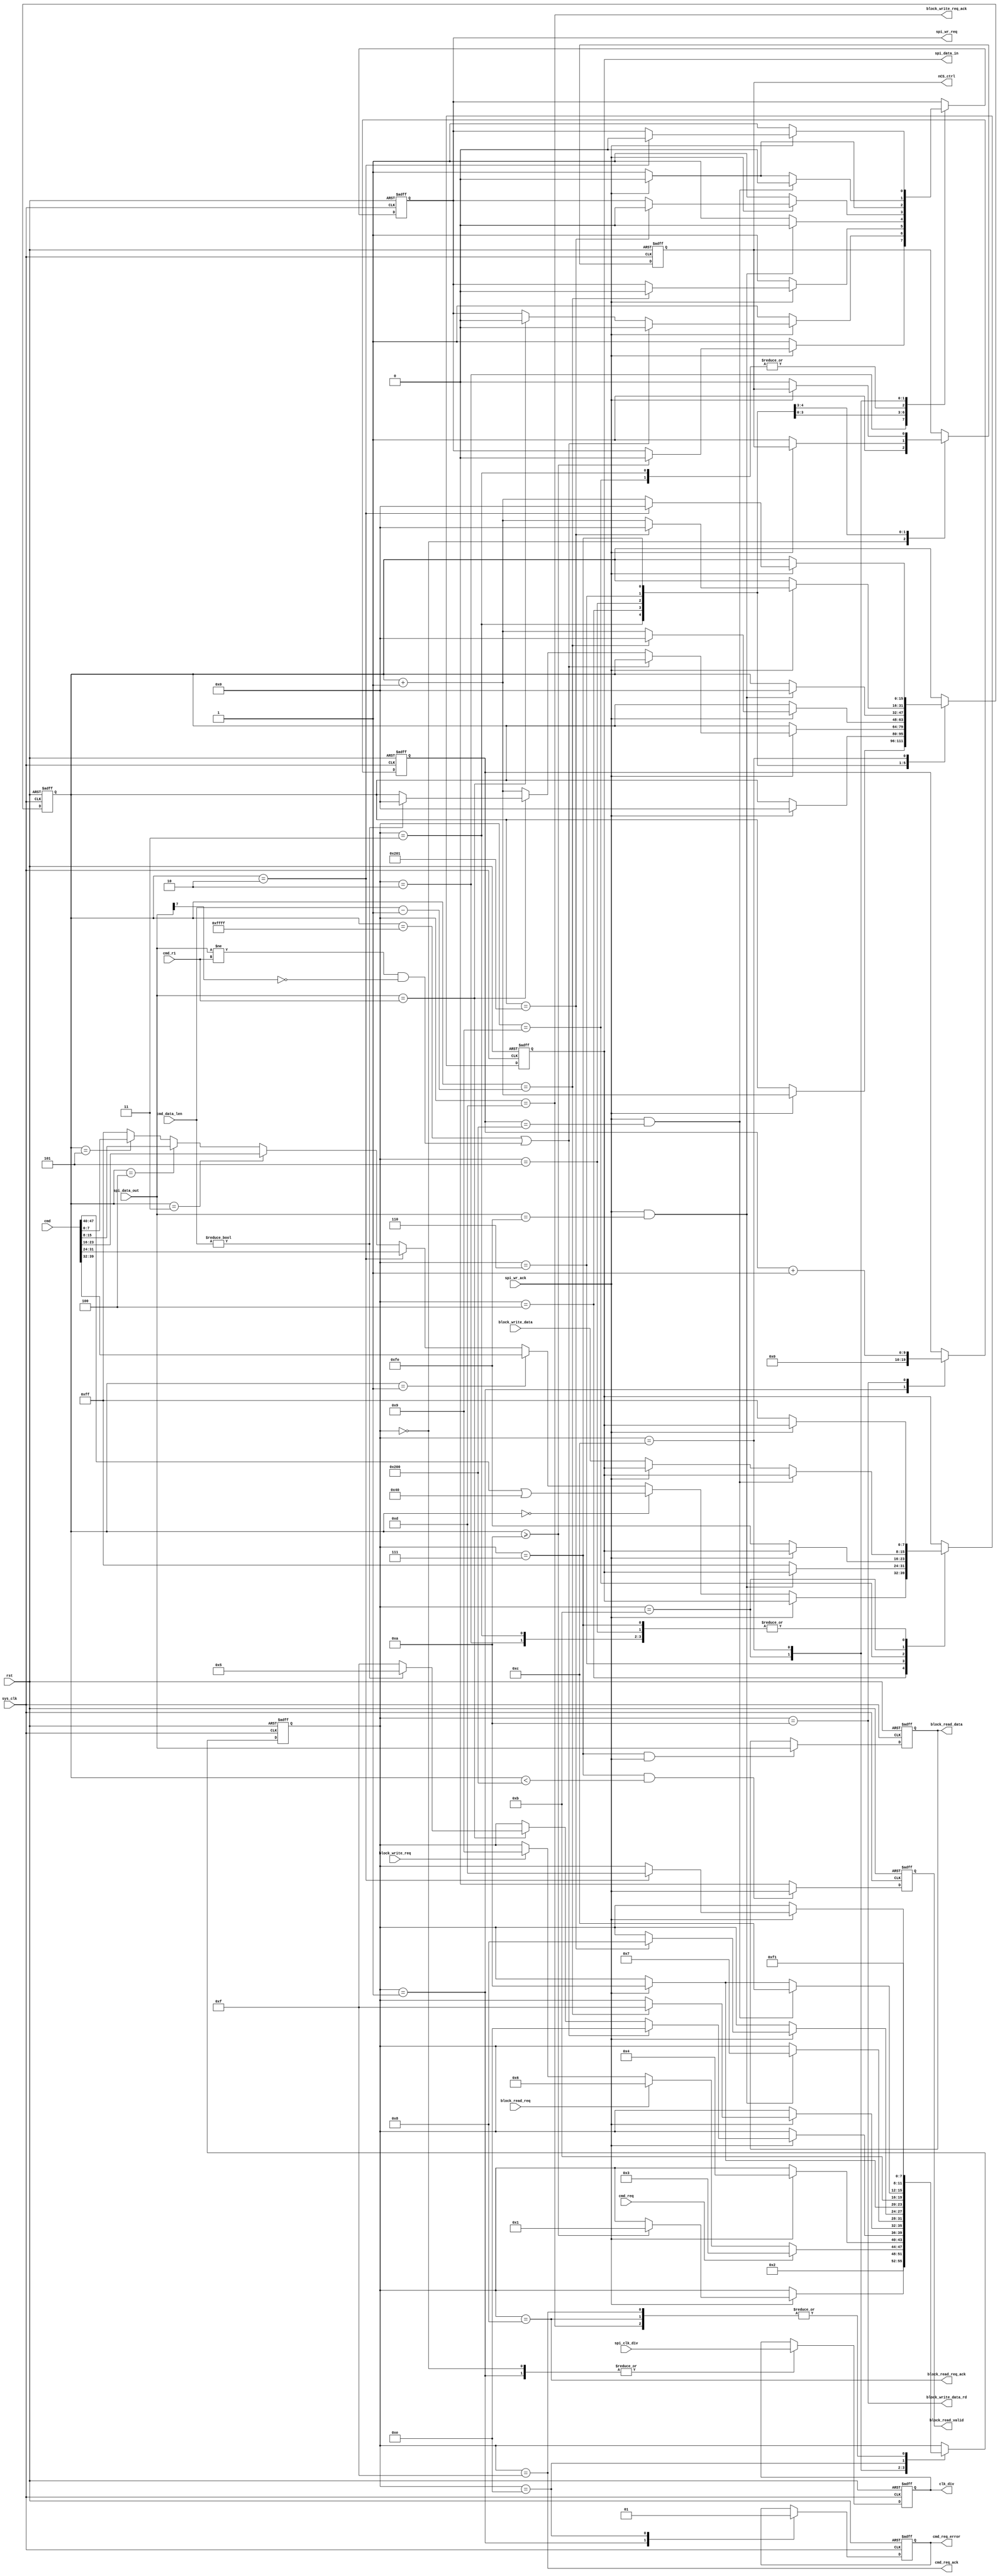
module sd_card_cmd(
	input                       sys_clk,
	input                       rst,
	input[15:0]                 spi_clk_div,                  //SPI module clock division parameter
	input                       cmd_req,                      //SD card command request
	output                      cmd_req_ack,                  //SD card command request response
	output reg                  cmd_req_error,                //SD card command request error
	input[47:0]                 cmd,                          //SD card command
	input[7:0]                  cmd_r1,                       //SD card expect response
	input[15:0]                 cmd_data_len,                 //SD card command read data length
	input                       block_read_req,               //SD card sector data read request
	output reg                  block_read_valid,             //SD card sector data read data valid
	output reg[7:0]             block_read_data,              //SD card sector data read data
	output                      block_read_req_ack,           //SD card sector data read response
	input                       block_write_req,              //SD card sector data write request
	input[7:0]                  block_write_data,             //SD card sector data write data next clock is valid
	output                      block_write_data_rd,          //SD card sector data write data
	output                      block_write_req_ack,          //SD card sector data write response
	output                      nCS_ctrl,                     //SPI module chip select control
	output reg[15:0]            clk_div,
	output reg                  spi_wr_req,                   //SPI module data sending request
	input                       spi_wr_ack,                   //SPI module data request response
	output[7:0]                 spi_data_in,                  //SPI module send data
	input[7:0]                  spi_data_out                  //SPI module data returned
);
parameter S_IDLE         = 0;
parameter S_WAIT         = 1;
parameter S_INIT         = 2;
parameter S_CMD_PRE      = 3;
parameter S_CMD          = 4;
parameter S_CMD_DATA     = 5;
parameter S_READ_WAIT    = 6;
parameter S_READ         = 7;
parameter S_READ_ACK     = 8;
parameter S_WRITE_TOKEN  = 9;
parameter S_WRITE_DATA_0 = 10;
parameter S_WRITE_DATA_1 = 11;
parameter S_WRITE_CRC    = 12;
parameter S_WRITE_ACK    = 13;
parameter S_ERR          = 14;
parameter S_END          = 15;

reg[3:0]                      state;
reg                           CS_reg;
reg[15:0]                     byte_cnt;
reg[7:0]                      send_data;
wire[7:0]                     data_recv;
reg[9:0]                      wr_data_cnt;

assign cmd_req_ack = (state == S_END);
assign block_read_req_ack = (state == S_READ_ACK);
assign block_write_req_ack= (state == S_WRITE_ACK);
assign block_write_data_rd = (state == S_WRITE_DATA_0);
assign spi_data_in = send_data;
assign data_recv = spi_data_out;
assign nCS_ctrl = CS_reg;
always@(posedge sys_clk or posedge rst)
begin
	if(rst == 1'b1)
	begin
		CS_reg <= 1'b1;
		spi_wr_req <= 1'b0;
		byte_cnt <= 16'd0;
		clk_div <= 16'd0;
		send_data <= 8'hff;
		state <= S_IDLE;
		cmd_req_error <= 1'b0;
		wr_data_cnt <= 10'd0;
	end
	else
		case(state)
			S_IDLE:
			begin
				state <= S_INIT;
				clk_div <= spi_clk_div;
				CS_reg <= 1'b1;
			end
			S_INIT:
			begin
				//send 11 bytes on power(at least 74 SPI clocks)
				if(spi_wr_ack == 1'b1)
				begin
					if(byte_cnt >= 16'd10)
					begin
						byte_cnt <= 16'd0;
						spi_wr_req <= 1'b0;
						state <= S_WAIT;
					end
					begin
						byte_cnt <= byte_cnt + 16'd1;
					end
				end
				else
				begin
					spi_wr_req <= 1'b1;
					send_data <= 8'hff;
				end
			end
			S_WAIT:
			begin
				cmd_req_error <= 1'b0;
				wr_data_cnt <= 10'd0;
				//wait for  instruction
				if(cmd_req == 1'b1)
					state <= S_CMD_PRE;
				else if(block_read_req == 1'b1)
					state <= S_READ_WAIT;
				else if(block_write_req == 1'b1)
					state <= S_WRITE_TOKEN;
				clk_div <= spi_clk_div;
			end
			S_CMD_PRE:
			begin
				//before sending a command, send an byte 'ff',provide some clocks
				if(spi_wr_ack == 1'b1)
				begin
					state <= S_CMD;
					spi_wr_req <= 1'b0;
					byte_cnt <= 16'd0;
				end
				else
				begin
					spi_wr_req <= 1'b1;
					CS_reg <= 1'b1;
					send_data <= 8'hff;
				end
			end
			S_CMD:
			begin
				if(spi_wr_ack == 1'b1)
				begin
					if((byte_cnt == 16'hffff) || (data_recv != cmd_r1 && data_recv[7] == 1'b0))
					begin
						state <= S_ERR;
						spi_wr_req <= 1'b0;
					end
					else if(data_recv == cmd_r1)
					begin
						spi_wr_req <= 1'b0;
						if(cmd_data_len != 16'd0)
						begin
							state <= S_CMD_DATA;
							byte_cnt <= 16'd0;
						end
						else
							state <= S_END;
					end
					else
						byte_cnt <=  byte_cnt + 16'd1;
				end
				else
				begin
					spi_wr_req <= 1'b1;
					CS_reg <= 1'b0;
					if(byte_cnt == 16'd0)
						send_data <= (cmd[47:40] | 8'h40);
					else if(byte_cnt == 16'd1)
						send_data <= cmd[39:32];
					else if(byte_cnt == 16'd2)
						send_data <= cmd[31:24];
					else if(byte_cnt == 16'd3)
						send_data <= cmd[23:16];
					else if(byte_cnt == 16'd4)
						send_data <= cmd[15:8];
					else if(byte_cnt == 16'd5)
						send_data <= cmd[7:0];
					else
						send_data <= 8'hff;
				end
			end
			S_CMD_DATA:
			begin
				if(spi_wr_ack == 1'b1)
				begin
					if(byte_cnt == cmd_data_len - 16'd1)
					begin
						state <= S_END;
						spi_wr_req <= 1'b0;
						byte_cnt <= 16'd0;
					end
					else
					begin
						byte_cnt <= byte_cnt + 16'd1;
					end
				end
				else
				begin
					spi_wr_req <= 1'b1;
					send_data <= 8'hff;
				end
			end
			S_READ_WAIT:
			begin
				if(spi_wr_ack == 1'b1 && data_recv == 8'hfe)
				begin
					spi_wr_req <= 1'b0;
					state <= S_READ;
					byte_cnt <= 16'd0;
				end
				else
				begin
					spi_wr_req <= 1'b1;
					send_data <= 8'hff;
				end
			end
			S_READ:
			begin
				if(spi_wr_ack == 1'b1)
				begin
					if(byte_cnt == 16'd513)
					begin
						state <= S_READ_ACK;
						spi_wr_req <= 1'b0;
						byte_cnt <= 16'd0;
					end
					else
					begin
						byte_cnt <= byte_cnt + 16'd1;
					end
				end
				else
				begin
					spi_wr_req <= 1'b1;
					send_data <= 8'hff;
				end
			end
			S_WRITE_TOKEN:
				if(spi_wr_ack == 1'b1)
				begin
					state <= S_WRITE_DATA_0;
					spi_wr_req <= 1'b0;
				end
				else
				begin
					spi_wr_req <= 1'b1;
					send_data <= 8'hfe;
				end
			S_WRITE_DATA_0:
			begin
				state <= S_WRITE_DATA_1;
				wr_data_cnt <= wr_data_cnt + 10'd1;
			end
			S_WRITE_DATA_1:
			begin
				if(spi_wr_ack == 1'b1 && wr_data_cnt == 10'd512)
				begin
					state <= S_WRITE_CRC;
					spi_wr_req <= 1'b0;
				end
				else if(spi_wr_ack == 1'b1)
				begin
					state <= S_WRITE_DATA_0;
					spi_wr_req <= 1'b0;
				end
				else
				begin
					spi_wr_req <= 1'b1;
					send_data <= block_write_data;
				end
			end
			S_WRITE_CRC:
			begin
				if(spi_wr_ack == 1'b1)
				begin
					if(byte_cnt == 16'd2)
					begin
						state <= S_WRITE_ACK;
						spi_wr_req <= 1'b0;
						byte_cnt <= 16'd0;
					end
					else
					begin
						byte_cnt <= byte_cnt + 16'd1;
					end
				end
				else
				begin
					spi_wr_req <= 1'b1;
					send_data <= 8'hff;
				end
			end
			S_ERR:
			begin
				state <= S_END;
				cmd_req_error <= 1'b1;
			end
			S_READ_ACK,S_WRITE_ACK,S_END:
			begin
				state <= S_WAIT;
			end
			default:
				state <= S_IDLE;
		endcase
end
always@(posedge sys_clk or posedge rst)
begin
	if(rst == 1'b1)
		block_read_valid <= 1'b0;
	else if(state == S_READ && byte_cnt < 16'd512)
		block_read_valid <= spi_wr_ack;
	else
		block_read_valid <= 1'b0;
end

always@(posedge sys_clk or posedge rst)
begin
	if(rst == 1'b1)
		block_read_data <= 8'd0;
	else if(state == S_READ && spi_wr_ack == 1'b1)
		block_read_data <= data_recv;
end

endmodule